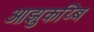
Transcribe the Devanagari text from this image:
आझुकय्बि